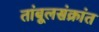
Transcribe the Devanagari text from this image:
तांबूलसंक्रांत